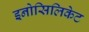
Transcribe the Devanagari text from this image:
इनोसिलिकेट